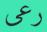
رعى